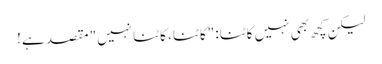
لیکن کچھ بھی نہیں کاٹنا: "کاٹنا ، کاٹنا نہیں" مقصد ہے!